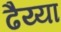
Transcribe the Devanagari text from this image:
ढैय्या